画像に写った文字を読んでください
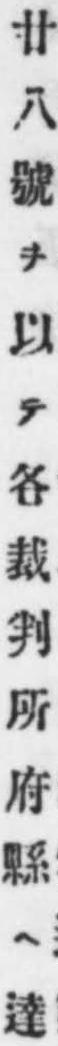
「廿八號ヲ以テ各裁判所府縣ヘ達」と書いてあります